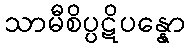
သာမီစိပ္ပဋိပန္နော